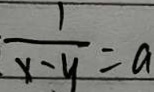
\frac { 1 } { x - y } = a